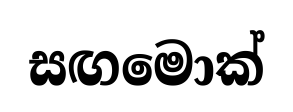
සඟමොක්